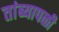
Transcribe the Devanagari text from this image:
तांब्यापळी